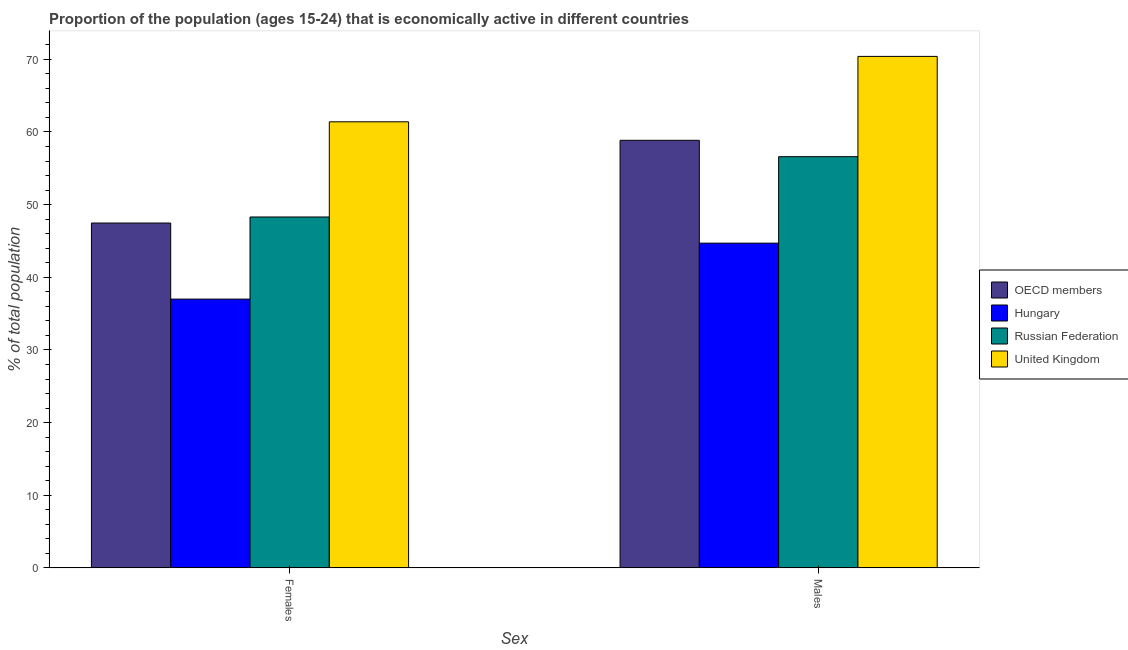
| Sex | OECD members | Hungary | Russian Federation | United Kingdom |
 | --- | --- | --- | --- | --- |
 | Females | 47.5 | 37 | 48.3 | 61.4 |
 | Males | 58.9 | 44.7 | 56.6 | 70.4 |